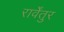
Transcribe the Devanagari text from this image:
रार्वेंतुर